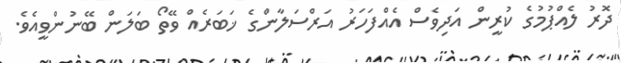
ދޮރު ލެއްޕުމުގެ ކުރީން އަދިވެސް އެއްފަހަރު އަރްސަލާންގެ ޚަބަރެއް ވޭތޯ ބަލަން ބޭނުންވީއެވެ.